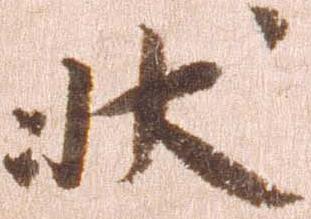
状